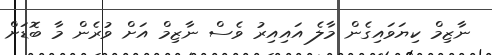
ނާޒިމް ކިޔަވައިގެން މާލެ އައިއިރު ވެސް ނާޒިމް އަށް ވުރެން މާ ބޮޑަށް